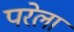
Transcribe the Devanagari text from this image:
परेला